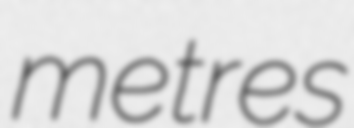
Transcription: metres